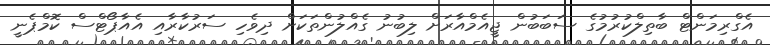
އެގްރިމަންޓް ބާތިލްކުރުމުގެ ސަބަބުން ޖީއެމްއާރަށް ލިބުނު ގެއްލުންތަކަށް ދިވެހި ސަރުކާރާއި އެއާޕޯޓްސް ކޮމްޕެނީ